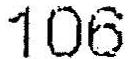
106